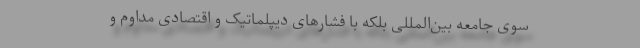
سوی جامعه بین‌المللی بلکه با فشار‌های دیپلماتیک و اقتصادی مداوم و